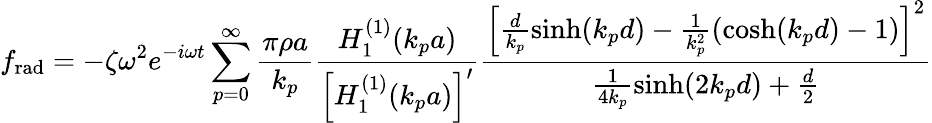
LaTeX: f_{\mathrm{rad}}=-\zeta\omega^{2}e^{-i\omega t}\sum_{p=0}^{\infty}\frac{\pi\rho a}{k_{p}}\frac{H_{1}^{(1)}(k_{p}a)}{\left[H_{1}^{(1)}(k_{p}a)\right]^{\prime}}\frac{\left[\frac{d}{k_{p}}\sinh(k_{p}d)-\frac{1}{k_{p}^{2}}(\cosh(k_{p}d)-1)\right]^{2}}{\frac{1}{4k_{p}}\sinh(2k_{p}d)+\frac{d}{2}}